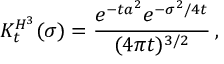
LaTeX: K _ { t } ^ { H ^ { 3 } } ( \sigma ) = \frac { e ^ { - t a ^ { 2 } } e ^ { - \sigma ^ { 2 } / 4 t } } { ( 4 \pi t ) ^ { 3 / 2 } } \: , \nonumber